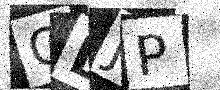
Text: ODJP